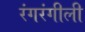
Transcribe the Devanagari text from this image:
रंगरंगीली